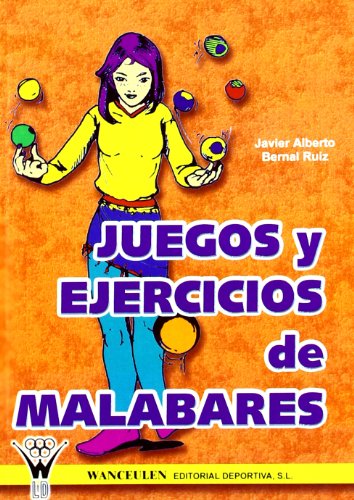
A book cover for Juegos Y Ejercicios De Malabares (Spanish Edition); Javier Bernal; Sports & Outdoors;